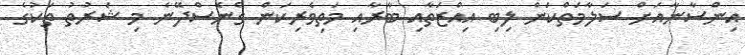
އިންސާނާއަށް ސަލާމަތްކަން ލިބި އިއްޒަތާއި ބާރާއި މަތިވެރިކަން ގެނެސްދޭނެ މި ޝަރުތު ތަކުގެ